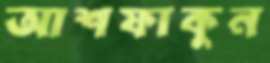
আশফাকুন